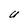
Character: U